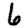
Digit: 6